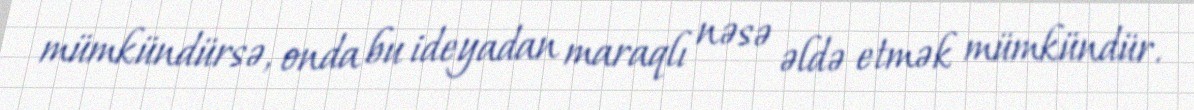
mümkündürsə, onda bu ideyadan maraqlı nəsə əldə etmək mümkündür.